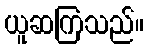
ယူဆကြသည်။